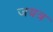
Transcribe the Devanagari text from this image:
जयत्र